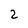
Character: 2